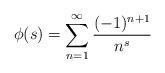
LaTeX: \begin{align*}\phi(s) = \sum_{n=1}^\infty \frac{(-1)^{n+1}}{n^s}\end{align*}